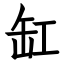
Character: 缸